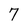
Character: 7